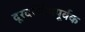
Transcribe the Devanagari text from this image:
दूरदर्शितापूर्वक